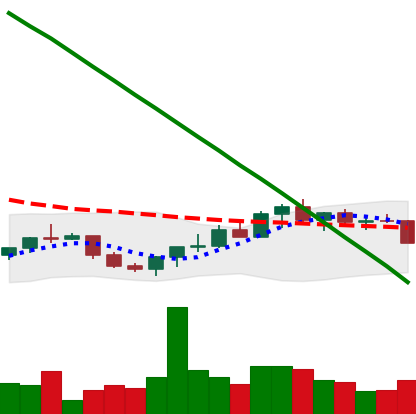
Ticker: XRP-USD
Chart end date: 2022-07-25
Forward return: 14.956%
Label: up_7plus